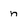
Character: n